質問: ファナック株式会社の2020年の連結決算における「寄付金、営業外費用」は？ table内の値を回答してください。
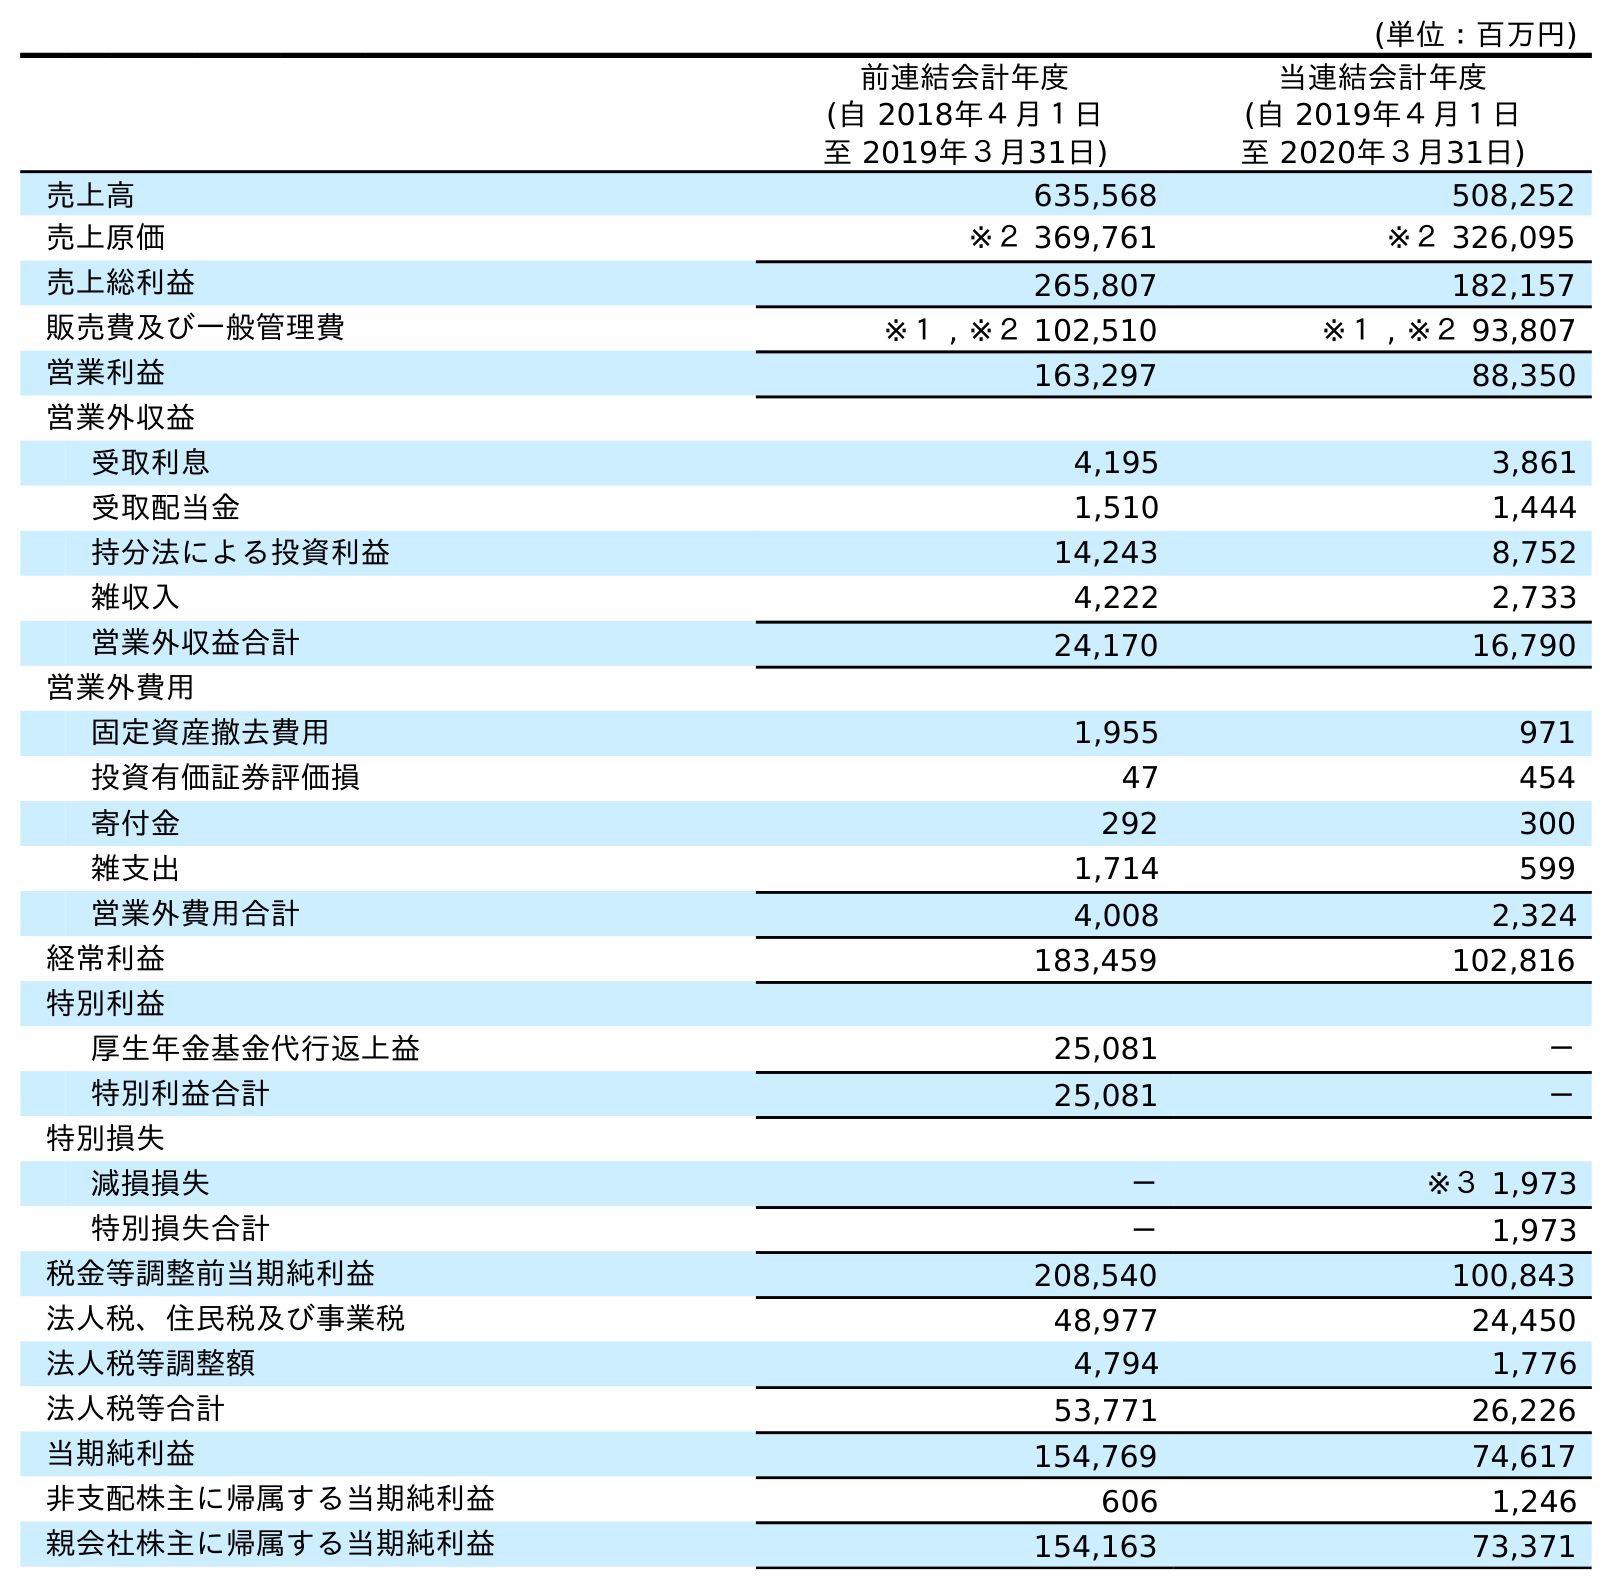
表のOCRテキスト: (単位：百万円) 前連結会計年度 (自 2018年４月１日 至 2019年３月31日) 当連結会計年度 (自 2019年４月１日 至 2020年３月31日) 売上高 635,568 508,252 売上原価 ※２ 369,761 ※２ 326,095 売上総利益 265,807 182,157 販売費及び一般管理費 ※１ , ※２ 102,510 ※１ , ※２ 93,807 営業利益 163,297 88,350 営業外収益 受取利息 4,195 3,861 受取配当金 1,510 1,444 持分法による投資利益 14,243 8,752 雑収入 4,222 2,733 営業外収益合計 24,170 16,790 営業外費用 固定資産撤去費用 1,955 971 投資有価証券評価損 47 454 寄付金 292 300 雑支出 1,714 599 営業外費用合計 4,008 2,324 経常利益 183,459 102,816 特別利益 厚生年金基金代行返上益 25,081 － 特別利益合計 25,081 － 特別損失 減損損失 － ※３ 1,973 特別損失合計 － 1,973 税金等調整前当期純利益 208,540 100,843 法人税、住民税及び事業税 48,977 24,450 法人税等調整額 4,794 1,776 法人税等合計 53,771 26,226 当期純利益 154,769 74,617 非支配株主に帰属する当期純利益 606 1,246 親会社株主に帰属する当期純利益 154,163 73,371
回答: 300